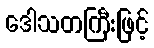
ဒေါသတကြီးဖြင့်